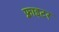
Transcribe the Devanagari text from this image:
फ़्राइटर